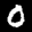
Label: 0